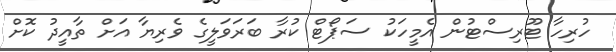
ހުރިހާ ޓޫރިސްޓުން އެމީހަކު ސަޕޯޓް ކުރާ ބަރަވަލީގެ ވެރިޔާ އަށް ތާއީދު ކޮށް